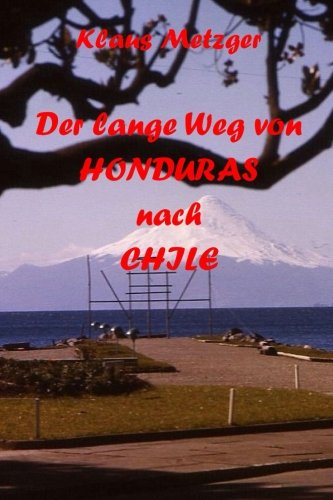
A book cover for Der lange Weg von HONDURAS nach CHILE (German Edition); Klaus Metzger; Travel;